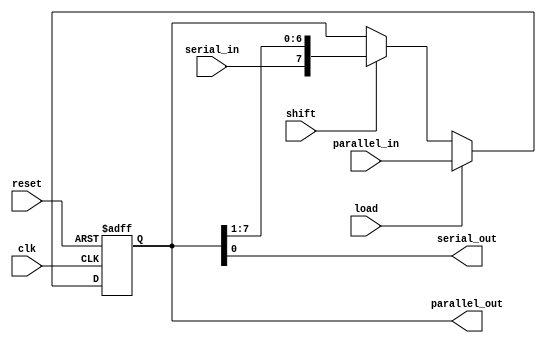
module shift_register #(
    parameter WIDTH = 8 // Parameter to define the width of the shift register
)(
    input wire clk,                  // Clock signal
    input wire reset,                // Asynchronous reset
    input wire load,                 // Load enable signal
    input wire shift,                // Shift enable signal
    input wire serial_in,            // Serial input data
    input wire [WIDTH-1:0] parallel_in, // Parallel input data
    output reg serial_out,           // Serial output data
    output reg [WIDTH-1:0] parallel_out // Parallel output data
);
    
    reg [WIDTH-1:0] shift_reg;       // Shift register storage

    always @(posedge clk or posedge reset) begin
        if (reset) begin
            shift_reg <= 0;           // Initialize shift register to 0 on reset
        end else if (load) begin
            shift_reg <= parallel_in; // Load parallel data into the shift register
        end else if (shift) begin
            // Shift operation
            shift_reg <= {serial_in, shift_reg[WIDTH-1:1]}; // Shift left and input new serial data
        end
    end

    // Output assignments
    always @(*) begin
        serial_out = shift_reg[0];     // SISO output from the first flip-flop
        parallel_out = shift_reg;       // PIPO output from the shift register
    end

endmodule